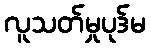
လူသတ်မှုပုဒ်မ